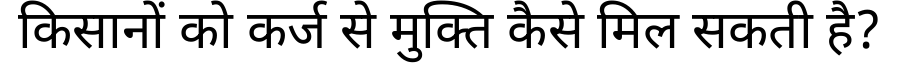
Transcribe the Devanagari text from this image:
किसानों को कर्ज से मुक्ति कैसे मिल सकती है?